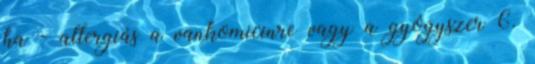
ha - allergiás a vankomicinre vagy a gyógyszer 6.